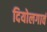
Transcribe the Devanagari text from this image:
दियोलगावं